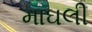
માઘલી